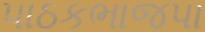
પાઠકભાજપા